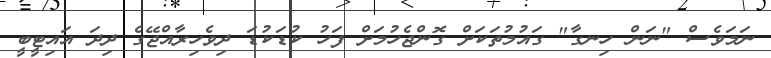
ނަމަވެސް "ނަން ހިނގާ" ގައުމުތަކަށް ގޮންޖެހުމަށް ފަހު ކުޑަކުޑަ ދިވެހިރާއްޖޭގެ ދިދަ އައިޓީބީ